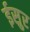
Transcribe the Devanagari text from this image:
ईसुर